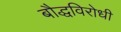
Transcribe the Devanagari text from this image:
बौद्धविरोधी